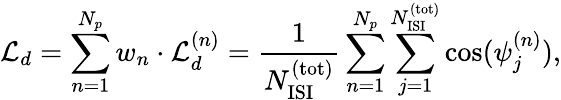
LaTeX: {\cal L}_{d}=\sum_{n=1}^{N_{p}}w_{n}\cdot{\cal L}_{d}^{(n)}={\frac{1}{N_{\mathrm{ISI}}^{\mathrm{(tot)}}}}\sum_{n=1}^{N_{p}}\sum_{j=1}^{N_{\mathrm{ISI}}^{\mathrm{(tot)}}}\cos(\psi_{j}^{(n)}),